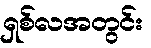
ရှစ်လအတွင်း